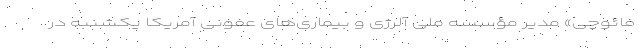
فائوچی» مدیر مؤسسه ملی آلرژی و بیماری‌های عفونی آمریکا یکشنبه در